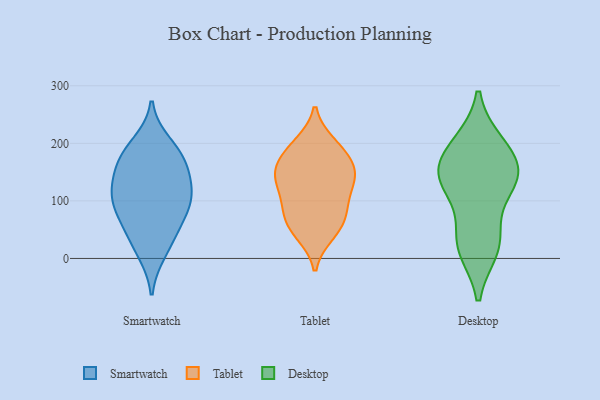
{"axis": {"x": "Conversion Rate (%)", "y": "Value"}, "legend": ["Desktop", "Smartwatch", "Tablet"], "data": [{"x": "", "y": 104, "type": "Smartwatch"}, {"x": "", "y": 137, "type": "Smartwatch"}, {"x": "", "y": 98, "type": "Smartwatch"}, {"x": "", "y": 66, "type": "Smartwatch"}, {"x": "", "y": 109, "type": "Smartwatch"}, {"x": "", "y": 11, "type": "Smartwatch"}, {"x": "", "y": 67, "type": "Smartwatch"}, {"x": "", "y": 122, "type": "Smartwatch"}, {"x": "", "y": 31, "type": "Smartwatch"}, {"x": "", "y": 199, "type": "Smartwatch"}, {"x": "", "y": 171, "type": "Smartwatch"}, {"x": "", "y": 168, "type": "Smartwatch"}, {"x": "", "y": 178, "type": "Smartwatch"}, {"x": "", "y": 103, "type": "Tablet"}, {"x": "", "y": 141, "type": "Tablet"}, {"x": "", "y": 142, "type": "Tablet"}, {"x": "", "y": 116, "type": "Tablet"}, {"x": "", "y": 86, "type": "Tablet"}, {"x": "", "y": 78, "type": "Tablet"}, {"x": "", "y": 156, "type": "Tablet"}, {"x": "", "y": 191, "type": "Tablet"}, {"x": "", "y": 43, "type": "Tablet"}, {"x": "", "y": 199, "type": "Tablet"}, {"x": "", "y": 188, "type": "Tablet"}, {"x": "", "y": 61, "type": "Tablet"}, {"x": "", "y": 149, "type": "Tablet"}, {"x": "", "y": 49, "type": "Tablet"}, {"x": "", "y": 153, "type": "Tablet"}, {"x": "", "y": 132, "type": "Desktop"}, {"x": "", "y": 199, "type": "Desktop"}, {"x": "", "y": 18, "type": "Desktop"}, {"x": "", "y": 128, "type": "Desktop"}, {"x": "", "y": 196, "type": "Desktop"}, {"x": "", "y": 37, "type": "Desktop"}, {"x": "", "y": 164, "type": "Desktop"}, {"x": "", "y": 140, "type": "Desktop"}, {"x": "", "y": 144, "type": "Desktop"}, {"x": "", "y": 24, "type": "Desktop"}]}